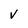
Character: V